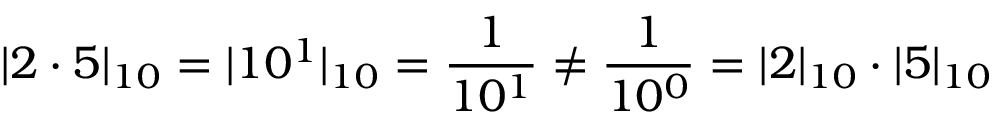
| 2 \cdot 5 | _ { 1 0 } = | 1 0 ^ { 1 } | _ { 1 0 } = { \frac { 1 } { 1 0 ^ { 1 } } } \neq { \frac { 1 } { 1 0 ^ { 0 } } } = | 2 | _ { 1 0 } \cdot | 5 | _ { 1 0 }